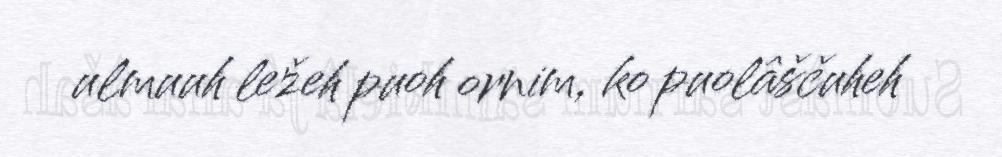
ulmuuh ležeh puoh ornim, ko puolâščuheh